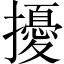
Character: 擾